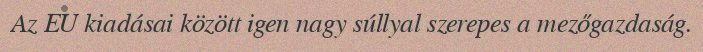
Az EU kiadásai között igen nagy súllyal szerepes a mezőgazdaság.